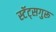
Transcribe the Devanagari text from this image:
स्टॅट्सगुरू